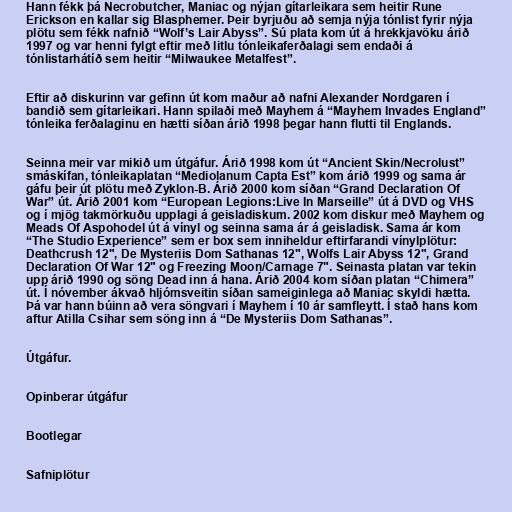
Hann fékk þá Necrobutcher, Maniac og nýjan gítarleikara sem heitir Rune
Erickson en kallar sig Blasphemer. Þeir byrjuðu að semja nýja tónlist fyrir nýja
plötu sem fékk nafnið “Wolf’s Lair Abyss”. Sú plata kom út á hrekkjavöku árið
1997 og var henni fylgt eftir með litlu tónleikaferðalagi sem endaði á
tónlistarhátíð sem heitir “Milwaukee Metalfest”.

Eftir að diskurinn var gefinn út kom maður að nafni Alexander Nordgaren í
bandið sem gítarleikari. Hann spilaði með Mayhem á “Mayhem Invades England”
tónleika ferðalaginu en hætti síðan árið 1998 þegar hann flutti til Englands.

Seinna meir var mikið um útgáfur. Árið 1998 kom út “Ancient Skin/Necrolust”
smáskífan, tónleikaplatan “Mediolanum Capta Est” kom árið 1999 og sama ár
gáfu þeir út plötu með Zyklon-B. Árið 2000 kom síðan “Grand Declaration Of
War” út. Árið 2001 kom “European Legions:Live In Marseille” út á DVD og VHS
og í mjög takmörkuðu upplagi á geisladiskum. 2002 kom diskur með Mayhem og
Meads Of Aspohodel út á vínyl og seinna sama ár á geisladisk. Sama ár kom
“The Studio Experience” sem er box sem inniheldur eftirfarandi vínylplötur:
Deathcrush 12", De Mysteriis Dom Sathanas 12", Wolfs Lair Abyss 12", Grand
Declaration Of War 12" og Freezing Moon/Carnage 7". Seinasta platan var tekin
upp árið 1990 og söng Dead inn á hana. Árið 2004 kom síðan platan “Chimera”
út. Í nóvember ákvað hljómsveitin síðan sameiginlega að Maniac skyldi hætta.
Þá var hann búinn að vera söngvari í Mayhem í 10 ár samfleytt. Í stað hans kom
aftur Atilla Csihar sem söng inn á “De Mysteriis Dom Sathanas”.

Útgáfur.

Opinberar útgáfur

Bootlegar

Safniplötur